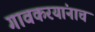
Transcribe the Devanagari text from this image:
गावकरयांनाच